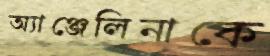
অ্যাঞ্জেলিনাকে